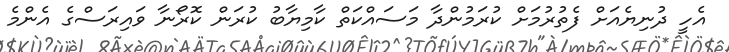
އެހީ ދުނިޔެއަށް ފެތުރުމަށް ކުރަމުންދާ މަސައްކަތް ކާމިޔާބު ކުރަން ކޮރޯނާ ވައިރަސްގެ އެންމެ